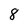
Character: 8